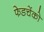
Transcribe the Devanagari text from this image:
फेडचेंको